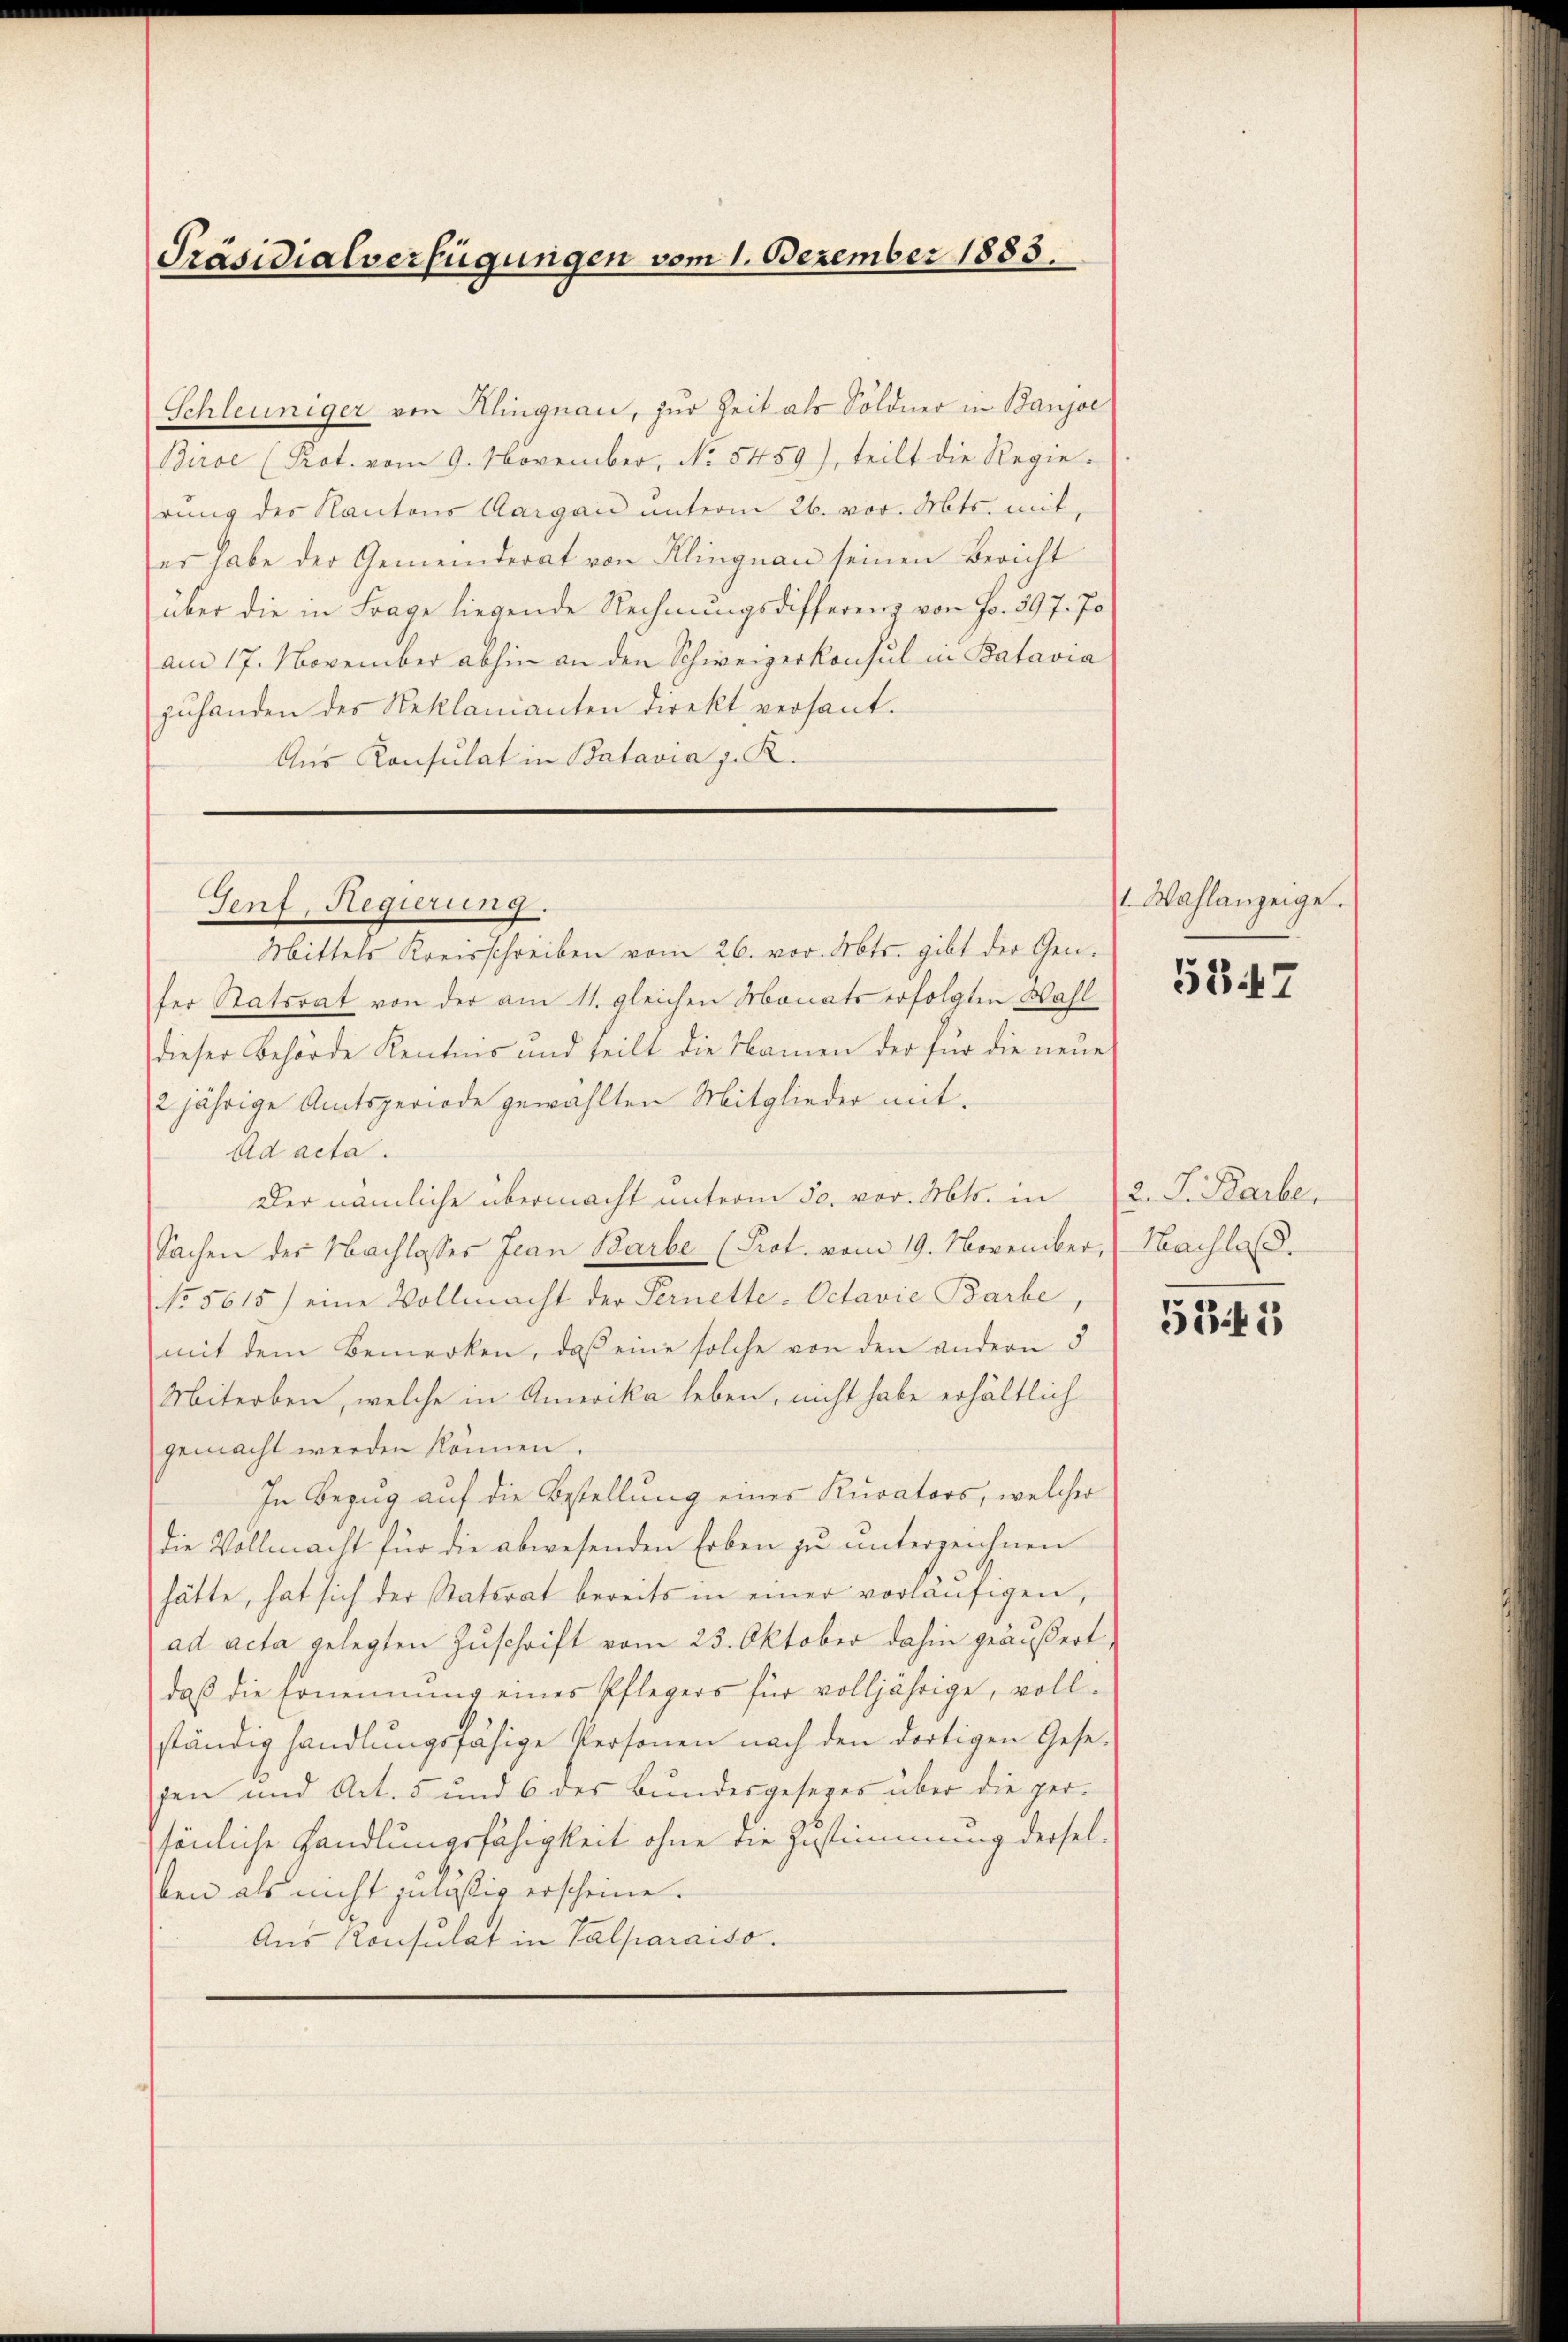
Präsidialverfügungen vom 1. Dezember 1883.

Schleuniger von Klingnau, zur Zeit als Söldner in Banjae
Biroe (Prot. vom 9. November, No 5459), teilt die Regierŭng des Kantons Aargau unterm 26. vor. Mts. mit,
er habe der Gemeinderat von Klingnau seinen Bericht
über die in Frage liegende Rechnungsdifferenz von Fr. 397. Jo
am 17. November abhin an den Schweizerkonsul in Batavia
zuhanden des Reklamianten direkt versant.
Aus Konsulat in Batavia J. K.

Genf, Regierung.

Mittels Kreisschreiben vom 26. vor. Mts. gibt der Gen.
fer Statsrat von der am 11. gleichen Monats erfolgten Wahl
dieser Behörde Kentons und teilt die Namen der für die neue
2jährige Amtsperiode gewählten Mitglieder mit
Ad acta.
Der nämliche übermacht unterm 30. vor. Mts. in
Sachen der Nachlasses Jean Barbe (Prot. vom 19. November, Nachla
No 5615) eine Vollmacht der Fernette-Octavie Barbe,
mit dem Bemerken, daß eine solche von den andern 5
Miterben, welche in Amerika leben, nicht habe erhältlich
gemacht werden können.
In Bezug auf die Bestellung eines Kurators, welcher
die Vollmacht für die abwesenden Erben zu unterzeichnen
hätte, hat sich der Staterat bereits in einer vorläufigen,
ad acta gelegten Zuschrift vom 23. Oktober dahin geäußert
daß die Ernennung eines Pflegers für volljährige, vollständig handlungsfähige Personen nach den dortigen Gesepen und Art. 5 und 6 des Bundesgesezes über die per-
sönliche Handlungsfähigkeit ohne die Zustimmung derselben als nicht zulässig erscheine.
Aus Konsulat in Valparaiso

Wahlanzeige.

2. J. Starbe.

5847

5341)